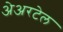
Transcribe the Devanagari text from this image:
अेअरटेल